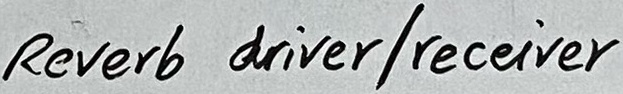
Text: Reverb driver/receiver